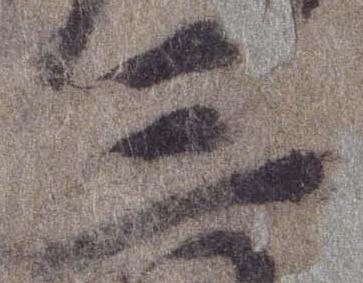
三